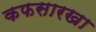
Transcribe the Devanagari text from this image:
कफसारखा